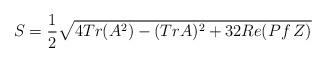
LaTeX: \begin{align*}S= {1\over 2} \sqrt{4 Tr (A^2) - ( Tr A)^2 + 32 Re (Pf \,Z) }\end{align*}